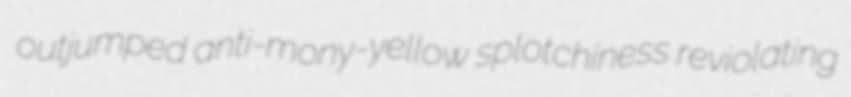
outjumped anti-mony-yellow splotchiness reviolating